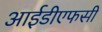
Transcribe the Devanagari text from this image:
आईडीएफसी